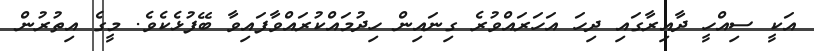
އަކީ ސިއްހީ ދާއިރާގައި ދިހަ އަހަރައްވުރެ ގިނައިން ހިދުމައްކުރައްވާފައިވާ ބޭފުޅެކެވެ. މީގެ އިތުރުން